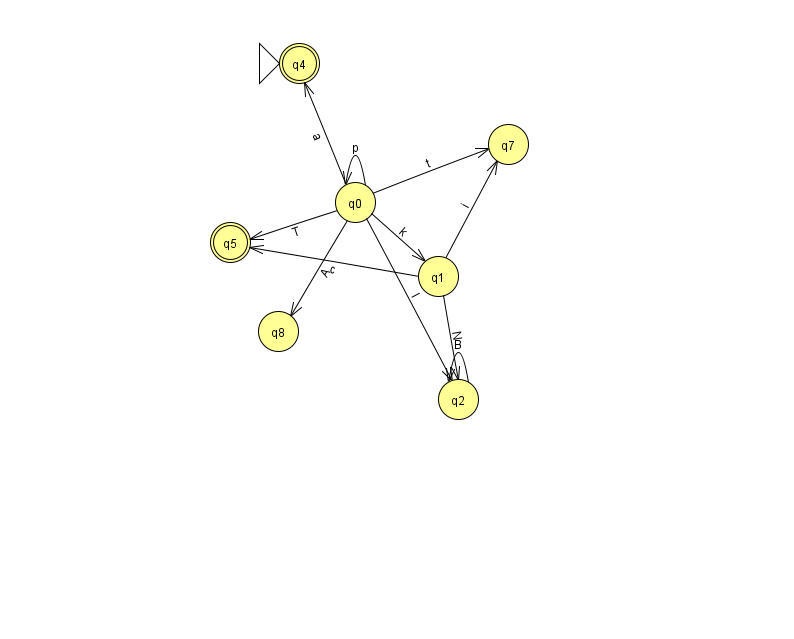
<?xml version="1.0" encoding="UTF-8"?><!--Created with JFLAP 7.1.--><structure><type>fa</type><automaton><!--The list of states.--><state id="0" name="q0"><x>355.0</x><y>189.0</y></state><state id="1" name="q1"><x>438.0</x><y>263.0</y></state><state id="2" name="q2"><x>458.0</x><y>386.0</y></state><state id="4" name="q4"><x>299.0</x><y>50.0</y><initial/><final/></state><state id="5" name="q5"><x>230.0</x><y>229.0</y><final/></state><state id="7" name="q7"><x>508.0</x><y>131.0</y></state><state id="8" name="q8"><x>278.0</x><y>318.0</y></state><!--The list of transitions.--><transition><from>0</from><to>0</to><read>p</read></transition><transition><from>1</from><to>7</to><read>i</read></transition><transition><from>2</from><to>2</to><read>B</read></transition><transition><from>0</from><to>1</to><read>k</read></transition><transition><from>0</from><to>5</to><read>T</read></transition><transition><from>0</from><to>8</to><read>A</read></transition><transition><from>1</from><to>2</to><read>N</read></transition><transition><from>0</from><to>2</to><read>l</read></transition><transition><from>0</from><to>4</to><read>a</read></transition><transition><from>1</from><to>5</to><read>c</read></transition><transition><from>0</from><to>7</to><read>t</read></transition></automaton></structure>